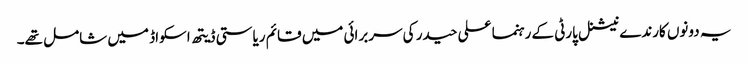
یہ دونوں کارندے نیشنل پارٹی کے رہنما علی حیدر کی سربرائی میں قائم ریاستی ڈیتھ اسکواڈ میں شامل تھے۔